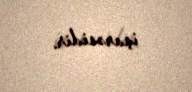
işarəsidir.